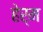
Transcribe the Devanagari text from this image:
हेर्म